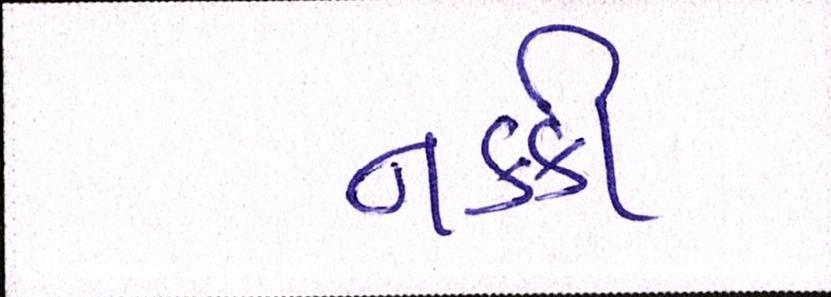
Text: નકકી